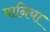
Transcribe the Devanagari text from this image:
मानिया